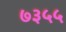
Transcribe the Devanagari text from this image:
७३५५